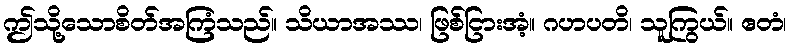
ဤသို့သောစိတ်အကြံသည်။ သိယာအဿ၊ ဖြစ်ငြားအံ့။ ဂဟပတိ၊ သူကြွယ်။ ဧတံ၊